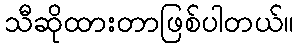
သီဆိုထားတာဖြစ်ပါတယ်။